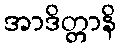
အာဒိတ္တာနိ